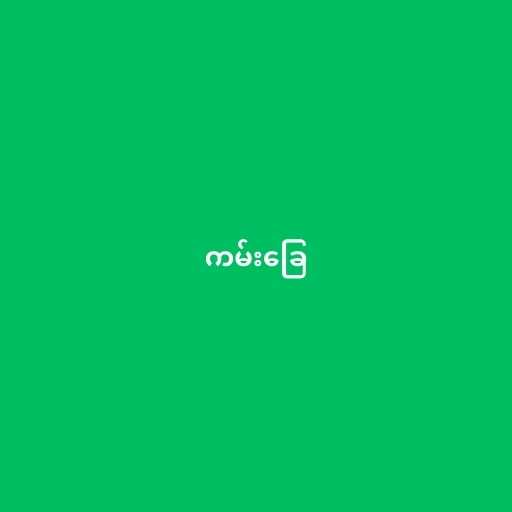
ကမ်းခြေ